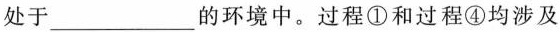
处于___的环境中。过程①和过程④均涉及